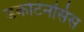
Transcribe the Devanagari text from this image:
डकोटेनसिस